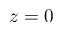
z = 0